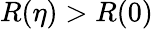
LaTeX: R(\eta)>R(0)